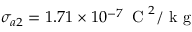
\sigma _ { a 2 } = 1 . 7 1 \times 1 0 ^ { - 7 } \, \mathrm { ~ C ~ } ^ { 2 } / \mathrm { ~ k ~ g ~ }